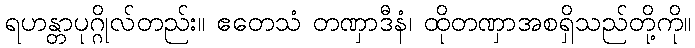
ရဟန္တာပုဂ္ဂိုလ်တည်း။ ဧတေသံ တဏှာဒီနံ၊ ထိုတဏှာအစရှိသည်တို့ကို။